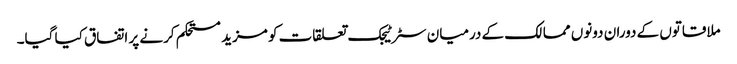
ملاقاتوں کے دوران دونوں ممالک کے درمیان سٹرٹیجک تعلقات کو مزید مستحکم کرنے پر اتفاق کیا گیا۔